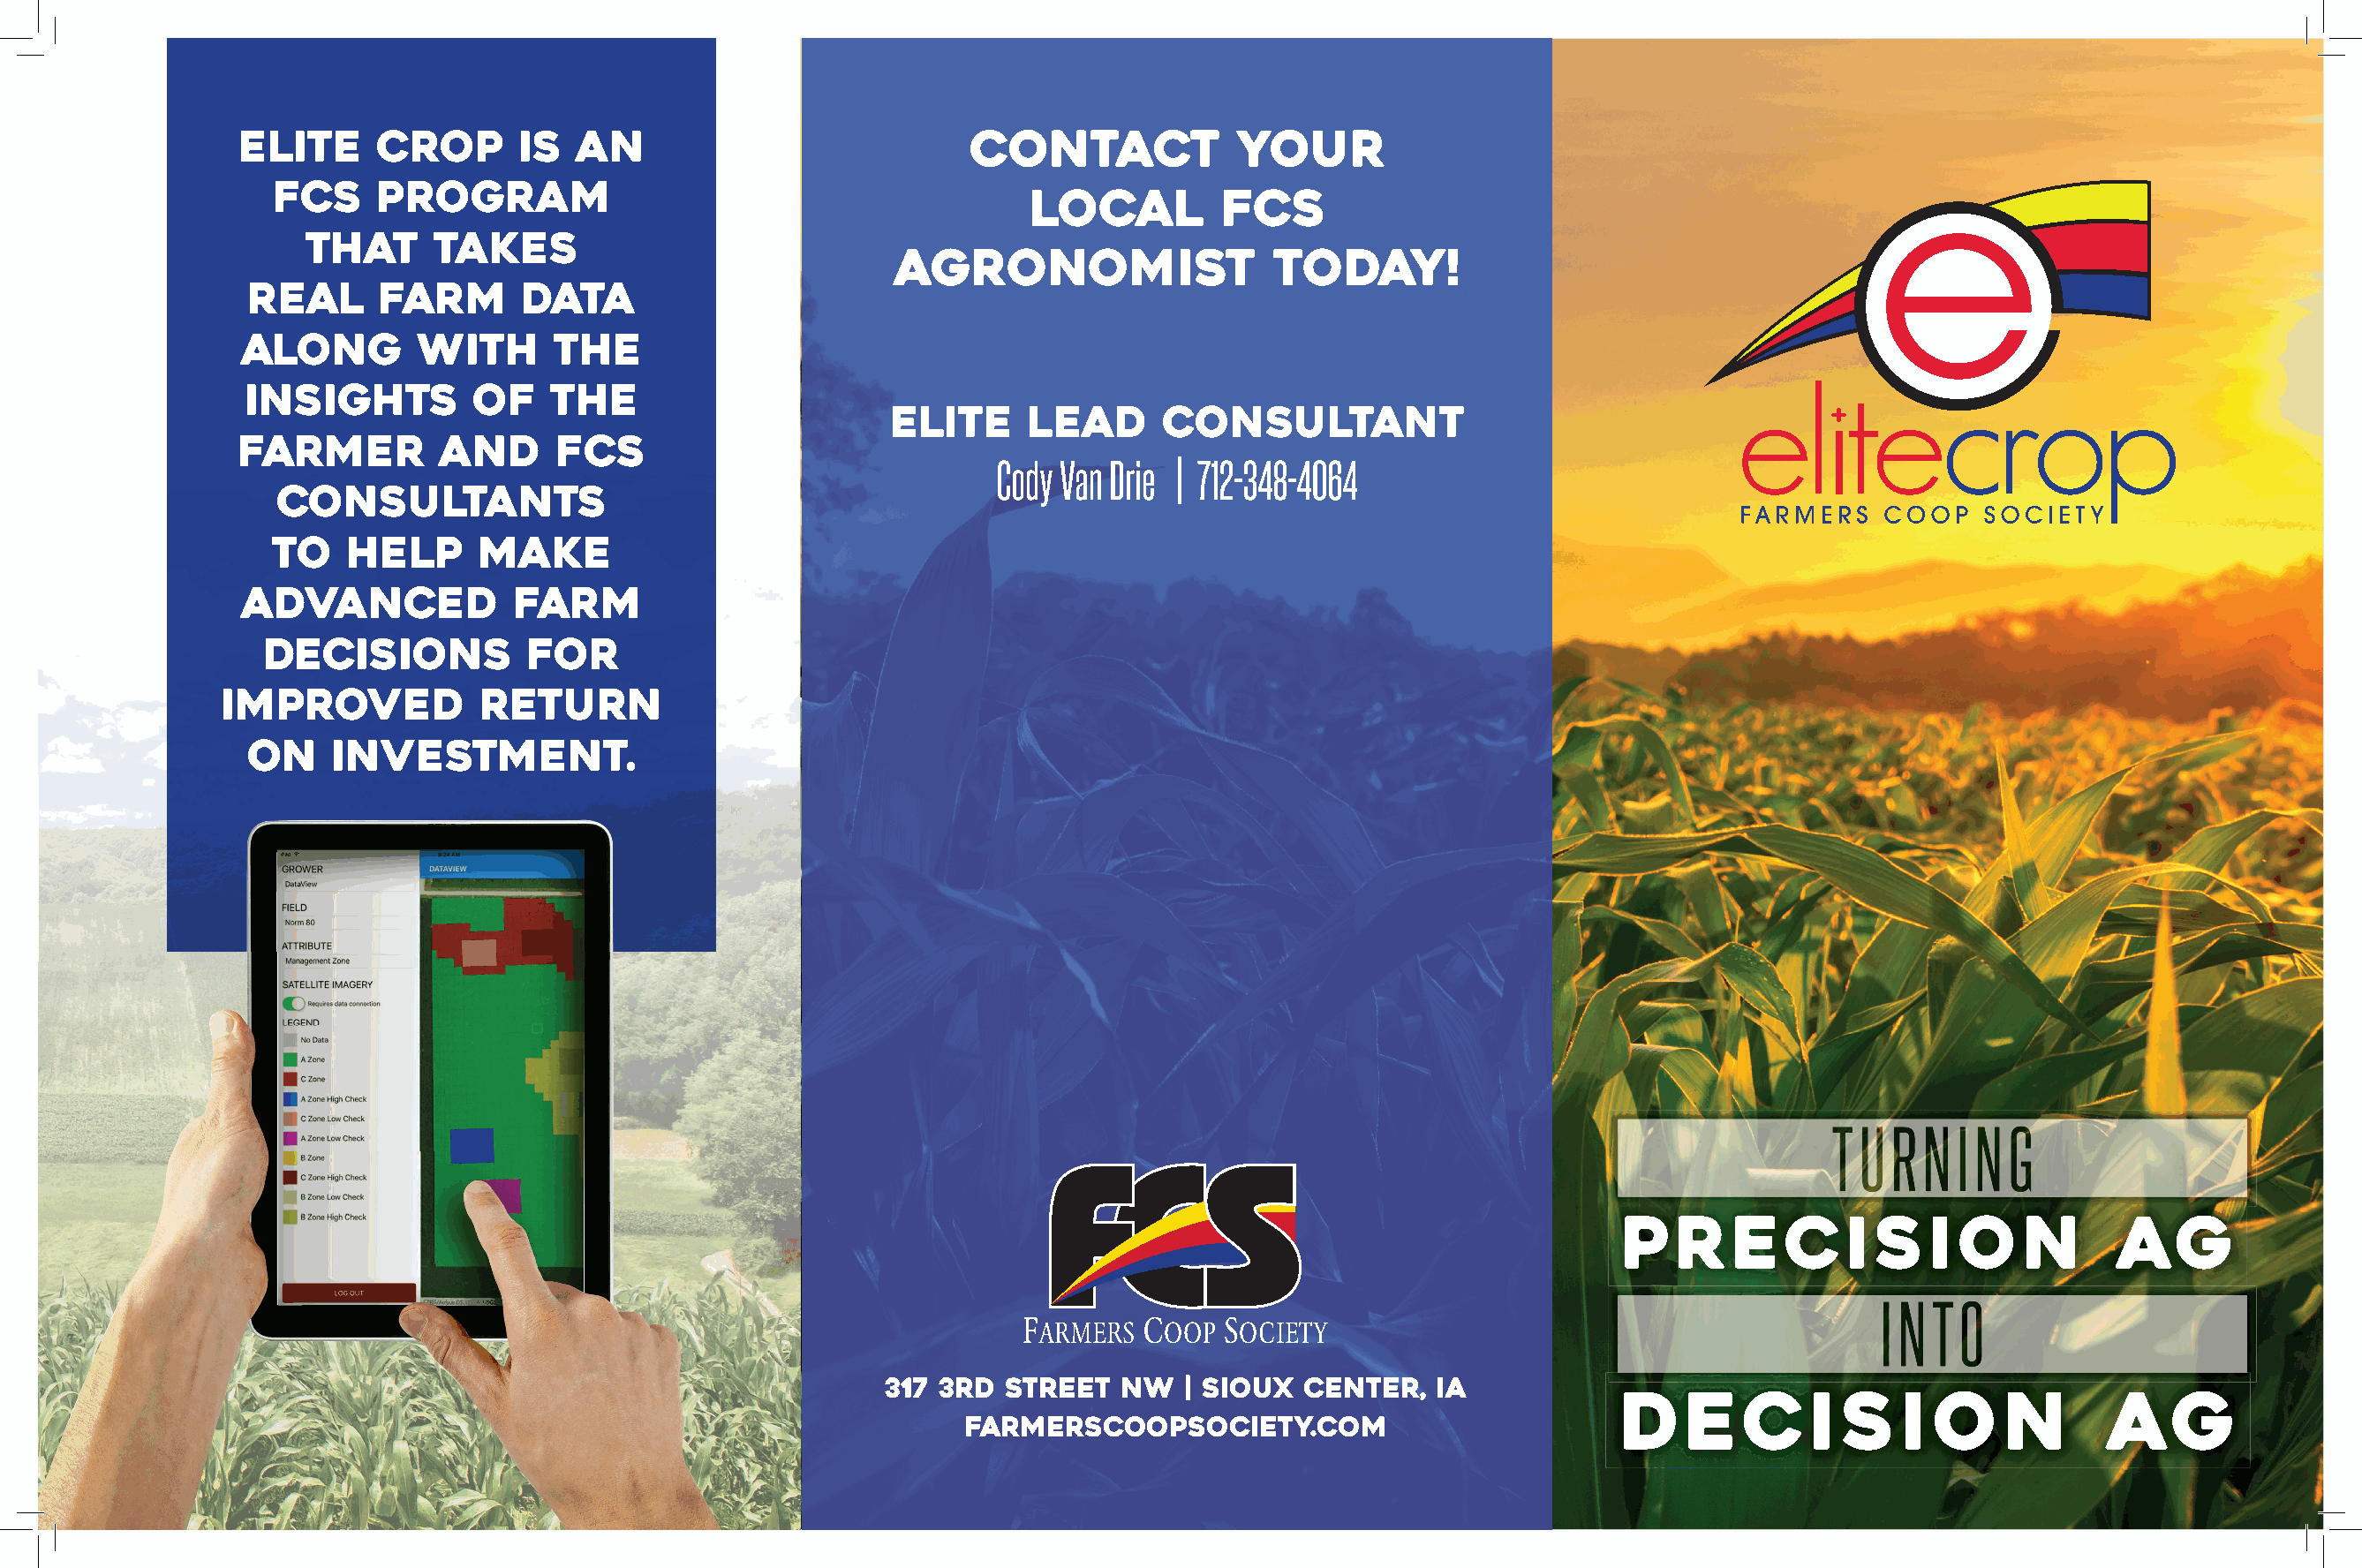
Elite     Crop       is  an                            CONTACT             YOUR
 FCS     program
 LOCAL          FCS
 that      takes
 AGRONOMIST                  TODAY!
 real     farm       data
 along        with       the
 insights         of    the
 ELITE     LEAD      CONSULTANT
 farmer         and      FCS
 Cody Van Drie | 712-348-4064
 consultants
 to    help      make
 advanced             farm
 decisions           for
 improved           return
 on    investment.
 PRECISION                            AG
 317 3rd  Street   NW   | Sioux  Center,   IA
 DEC            I S   I  O    N       AG
 farmerscoopsociety.com